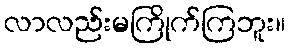
လာလည်းမကြိုက်ကြဘူး။